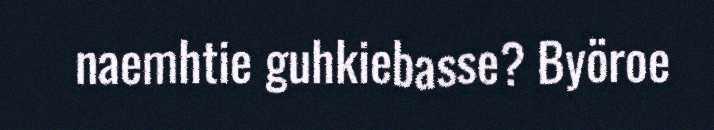
naemhtie guhkiebasse? Byöroe